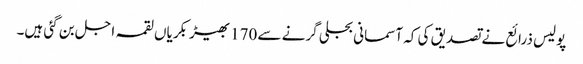
پولیس ذرائع نے تصدیق کی کہ آسمانی بجلی گرنے سے 170بھیڑ بکریاں لقمہ اجل بن گئی ہیں۔